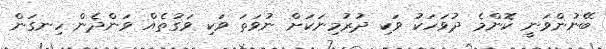
ބޭނުންވަނީ ކޮންމެ ދުވަހަކު ވަކި ދުރުމިނަކަށް ނުވަތަ ވަކި ވަގުތެއް ވަންދެން ހިނގަން